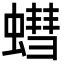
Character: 𮔷